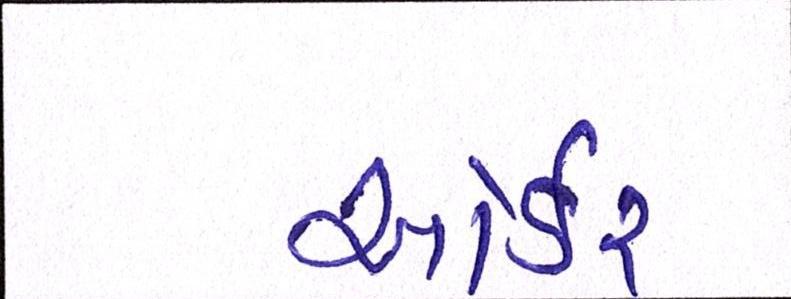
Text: ઓર્ડર